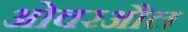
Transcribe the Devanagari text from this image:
ओवरऔल